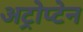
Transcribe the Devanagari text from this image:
अट्रोप्टेन